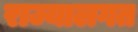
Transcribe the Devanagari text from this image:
राज्यालगत